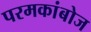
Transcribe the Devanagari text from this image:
परमकांबोज